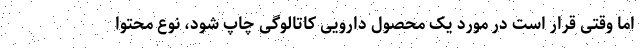
اما وقتی قرار است در مورد یک محصول دارویی کاتالوگی چاپ شود، نوع محتوا